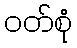
ဝတ်စုံ